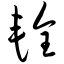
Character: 辁